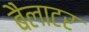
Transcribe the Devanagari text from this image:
बैलाटर